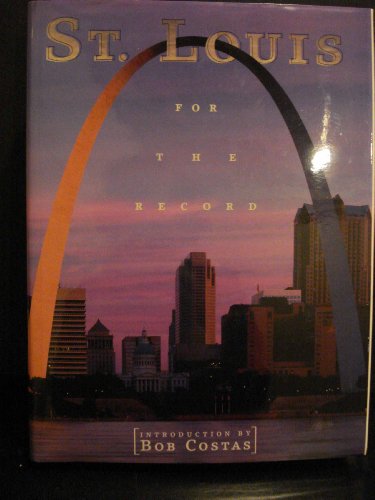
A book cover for St. Louis: For the Record (Urban Tapestry Series); Bob Costas; Travel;